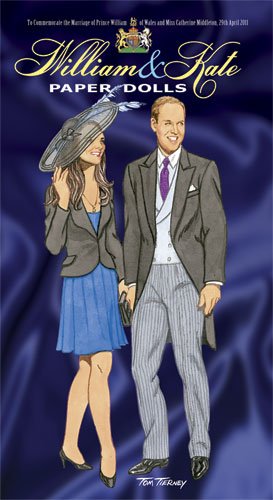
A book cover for William and Kate Paper Dolls: To Commemorate the Marriage of Prince William of Wales and Miss Catherine Middleton, 29th April 2011 (Dover Royal Paper Dolls); Tom Tierney; Crafts, Hobbies & Home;